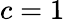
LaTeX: c=1